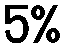
5%